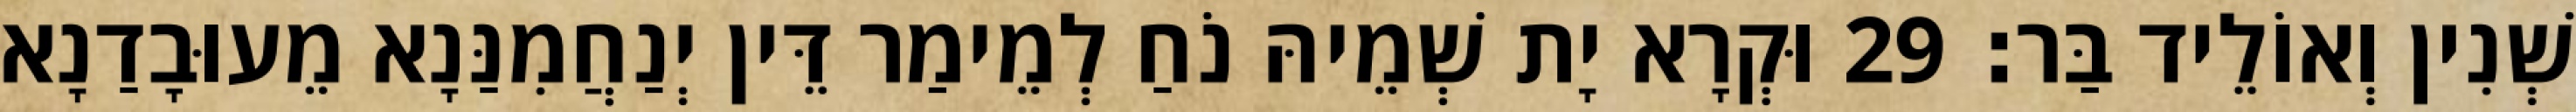
שְׁנִין וְאוֹלֵיד בַּר׃ 29 וּקְרָא יָת שְׁמֵיהּ נֹחַ לְמֵימַר דֵּין יְנַחֲמִנַּנָא מֵעוּבָדַנָא